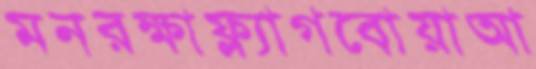
মনরক্ষাফ্ল্যাগবোয়াআ